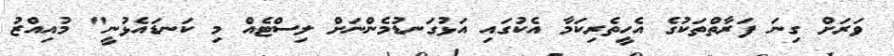
ވަރަށް ގިނަ ފަރާތްތަކުގެ އެހީތެރިކަމާ އެކުގައި އަޅުގަނޑުމެންނަށް ލިސްޓެއް މި ކަނޑައެޅުނީ" މުއިއްޒު